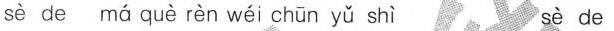
sè de má què rèn wéi chūn yǔ shì sè de